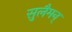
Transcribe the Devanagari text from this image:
सुलैमन्